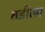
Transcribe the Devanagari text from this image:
तडीला